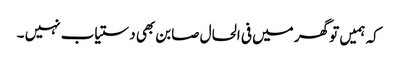
کہ ہمیں تو گھر میں فی الحال صابن بھی دستیاب نہیں ۔